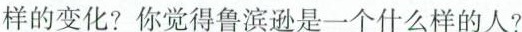
样的变化?你觉得鲁滨逊是一个什么样的人?